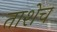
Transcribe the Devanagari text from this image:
ताशेच